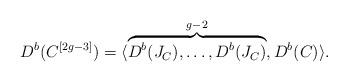
LaTeX: \begin{align*}D^b(C^{[2g-3]})=\langle \overbrace{D^b(J_C), \ldots, D^b(J_C)}^{g-2}, D^b(C) \rangle. \end{align*}